Source: Handwritten
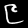
Digit: ၉ (9)